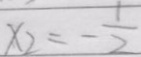
x _ { 2 } = - \frac { 1 } { 2 }